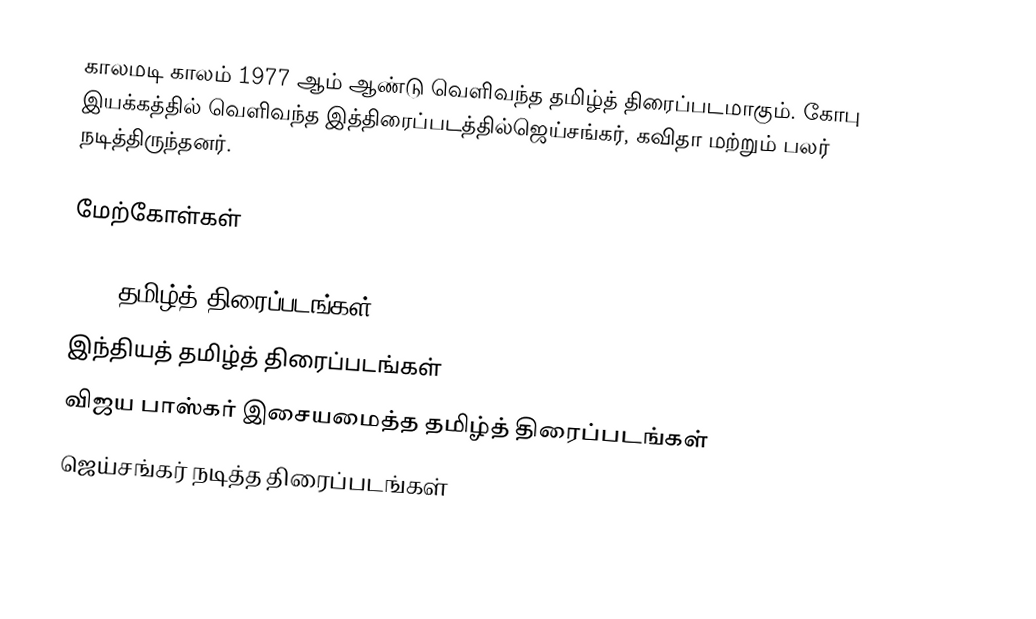
காலமடி காலம் 1977 ஆம் ஆண்டு வெளிவந்த தமிழ்த் திரைப்படமாகும். கோபு இயக்கத்தில் வெளிவந்த இத்திரைப்படத்தில்ஜெய்சங்கர், கவிதா மற்றும் பலர் நடித்திருந்தனர்.

மேற்கோள்கள்

1977 தமிழ்த் திரைப்படங்கள்
இந்தியத் தமிழ்த் திரைப்படங்கள்
விஜய பாஸ்கர் இசையமைத்த தமிழ்த் திரைப்படங்கள்
ஜெய்சங்கர் நடித்த திரைப்படங்கள்